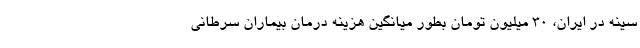
سینه در ایران، 30 میلیون تومان بطور میانگین هزینه درمان بیماران سرطانی